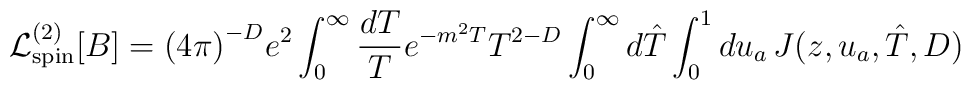
{\cal L}^{(2)}_{\rm spin}[B]={(4\pi )}^{-D}e^2\int_0^{\infty}{dT\over T}e^{-m^2T}T^{2-D} \int_0^{\infty}d\hat T \int_0^1 d u_a\,J(z,u_a,\hat T,D)\, \nonumber\\